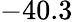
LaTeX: -40.3